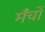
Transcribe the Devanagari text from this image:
मँचों